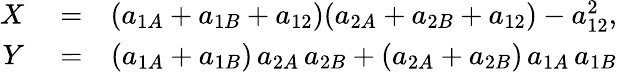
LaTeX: \begin{array}{rlr}{X}&{{}=}&{(a_{1A}+a_{1B}+a_{12})(a_{2A}+a_{2B}+a_{12})-a_{12}^{2},}\\ {Y}&{{}=}&{(a_{1A}+a_{1B})\, a_{2A}\, a_{2B}+(a_{2A}+a_{2B})\, a_{1A}\, a_{1B}}\end{array}